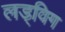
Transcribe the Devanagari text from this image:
लड्विग